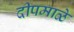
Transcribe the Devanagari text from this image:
दीपमाळे